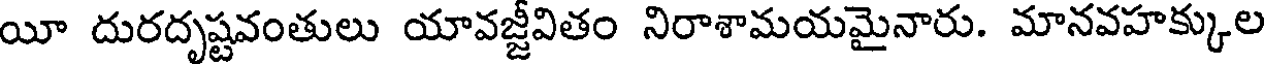
యీ దురదృష్టవంతులు యావజ్జీవితం నిరాశామయమైనారు. మానవహక్కుల